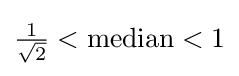
{\tfrac {1}{\sqrt {2}}}<{\text{median}}<1